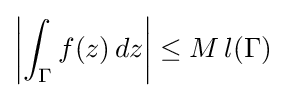
\left|\int _{\Gamma }f(z)\,dz\right|\leq M\,l(\Gamma )